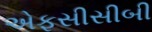
એફસીસીબી